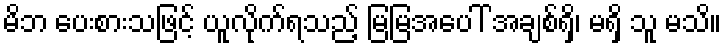
မိဘ ပေးစားသဖြင့် ယူလိုက်ရသည့် မြမြအပေါ် အချစ်ရှိ၊ မရှိ သူ မသိ။